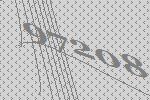
97208